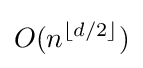
O(n^{\lfloor d/2\rfloor })